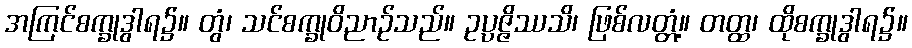
အကြင်စက္ခုဒွါရ၌။ တွံ၊ သင်စက္ခုဝိညာဉ်သည်။ ဥပ္ပဇ္ဇိဿသိ၊ ဖြစ်လတ္တံ့။ တတ္ထ၊ ထိုစက္ခုဒွါရ၌။